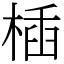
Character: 㮑